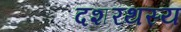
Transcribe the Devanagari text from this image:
दशरथस्य